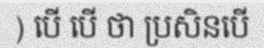
) បើ បើ ថា ប្រសិនបើ